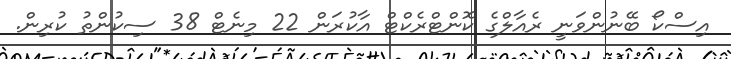
އިސްކޯ ބޭނުންވަނީ ރެއާލްގެ ކޮންޓްރެކްޓް އާކުރަން 22 މިނެޓް 38 ސިކުންތު ކުރިން.